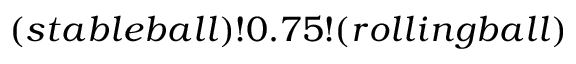
( s t a b l e b a l l ) ! 0 . 7 5 ! ( r o l l i n g b a l l )